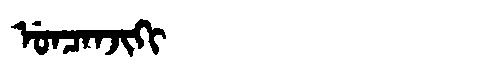
Manchu: ᡠᠨᠴᠠᠨᠵᡳᡴᡳ
Romanization: UNCANJIKI